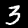
Digit: 3